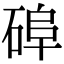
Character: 𥓭